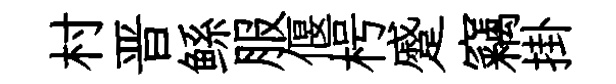
村晋鲧服偃枵蹙竊掛